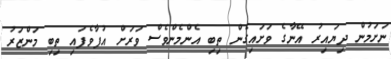
ނަށަމުން ދިޔައިރު އޭނާގެ ވަށައިގެން ތިބި އެންމެންވެސް ވަރަށް އުފާވެފައި ތިބި މަންޒަރު